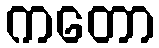
ကတော